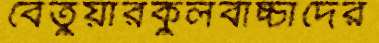
বেতুয়ারকুলবাচ্চাদের